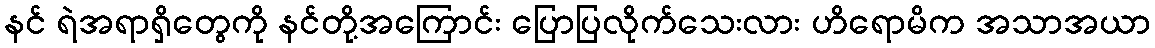
နင် ရဲအရာရှိတွေကို နင်တို့အကြောင်း ပြောပြလိုက်သေးလား ဟိရောမိက အသာအယာ